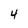
Character: 4